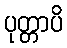
ပုတ္တာပိ